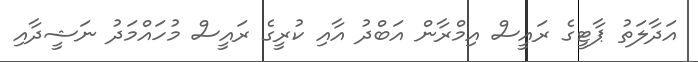
އަދާލަތު ޕާޓީގެ ރައީސް އިމްރާން އަބްދު އާއި ކުރީގެ ރައީސް މުހައްމަދު ނަޝީދާއި